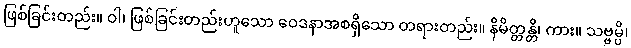
ဖြစ်ခြင်းတည်း။ ဝါ၊ ဖြစ်ခြင်းတည်းဟူသော ဝေဒနာအစရှိသော တရားတည်း။ နိမိတ္တန္တိ၊ ကား။ သဗ္ဗမ္ပိ၊